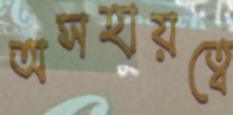
অসহায়ত্বে